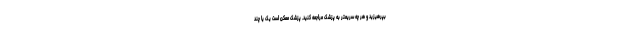
بپرهیزید و هر چه سریعتر به پزشک مراجعه کنید. پزشک ممکن است یک یا چند